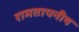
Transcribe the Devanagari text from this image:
रामतापनीय